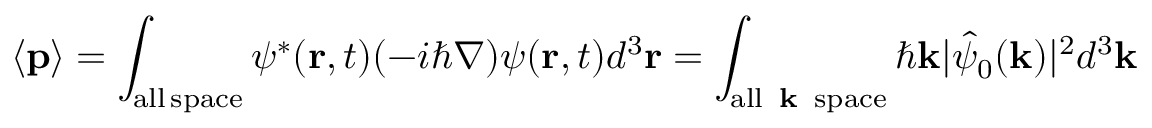
\langle \mathbf { p } \rangle = \int _ { \mathrm { a l l \, s p a c e } } \psi ^ { * } ( \mathbf { r } , t ) ( - i \hbar \nabla ) \psi ( \mathbf { r } , t ) d ^ { 3 } \mathbf { r } = \int _ { \mathrm { a l l \, { \textbf { k } } \, s p a c e } } \hbar \mathbf { k } | { \hat { \psi } } _ { 0 } ( \mathbf { k } ) | ^ { 2 } d ^ { 3 } \mathbf { k }